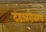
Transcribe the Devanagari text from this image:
दंडाबरोबरच